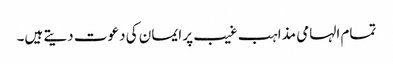
تمام الہامی مذاہب غیب پر ایمان کی دعوت دیتے ہیں۔